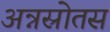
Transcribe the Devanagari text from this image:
अन्नस्रोतस